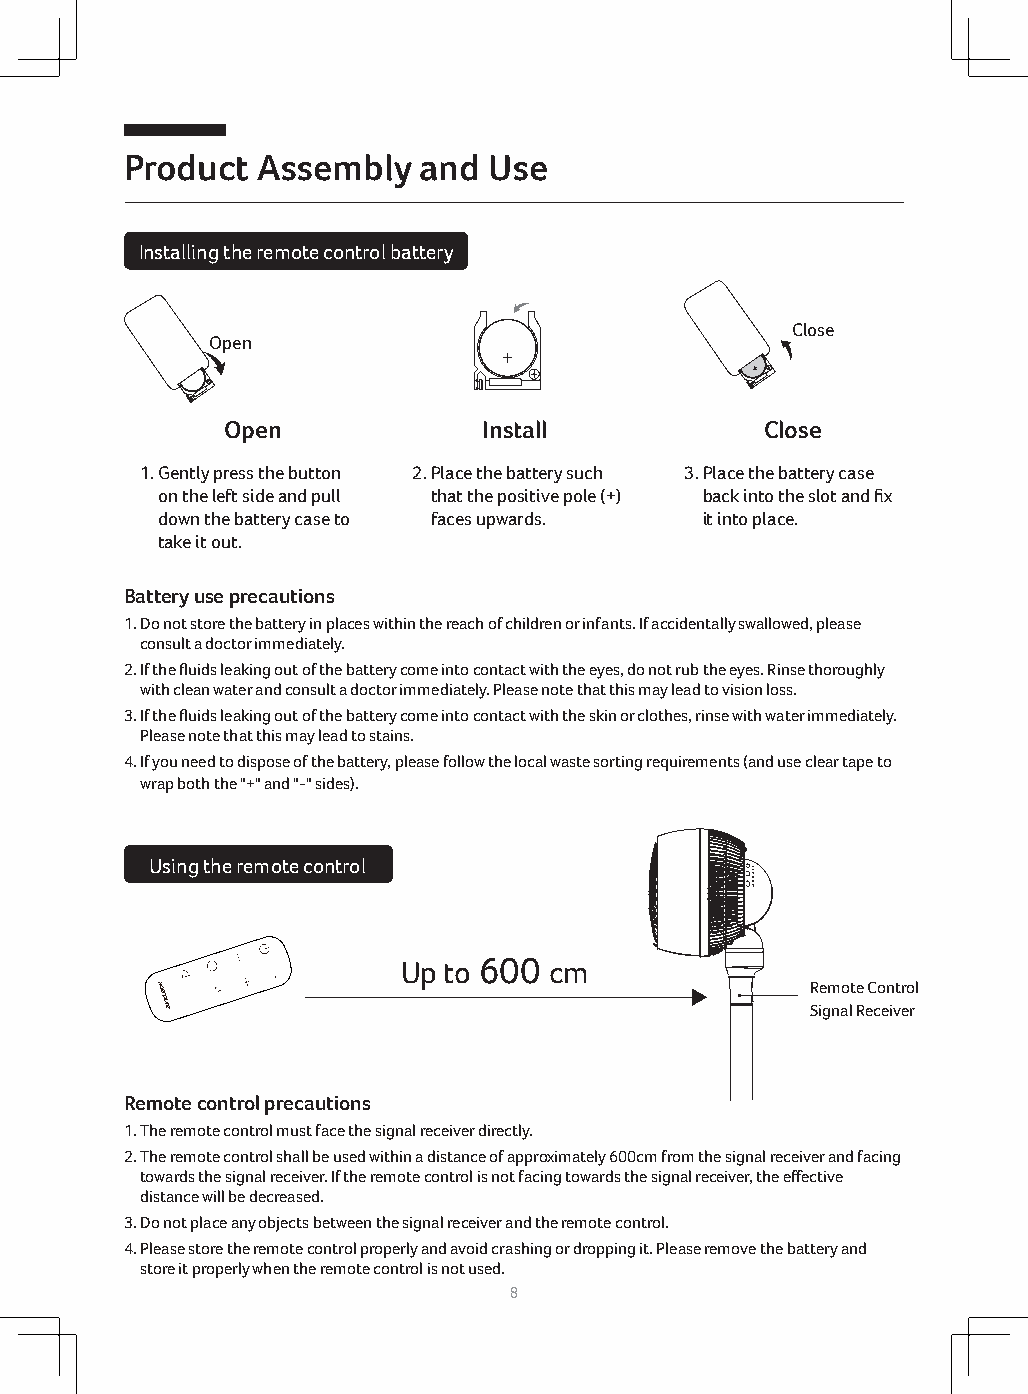
Product  Assembly   and Use
 Installing the remote control battery
 Close
 Open
 Open             Install            Close
 1. Gently press the button 2. Place the battery such 3. Place the battery case
 on the left side and pull that the positive pole (+) back into the slot and fix
 down the battery case to faces upwards. it into place.
 take it out.
 Battery use precautions
 1. Do not store the battery in places within the reach of children or infants. If accidentally swallowed, please
 consult a doctor immediately.
 2. If the fluids leaking out of the battery come into contact with the eyes, do not rub the eyes. Rinse thoroughly
 with clean water and consult a doctor immediately. Please note that this may lead to vision loss.
 3. If the fluids leaking out of the battery come into contact with the skin or clothes, rinse with water immediately.
 Please note that this may lead to stains.
 4. If you need to dispose of the battery, please follow the local waste sorting requirements (and use clear tape to
 wrap both the "+" and "-" sides).
 Using the remote control
 Up to 600 cm
 Remote Control
 Signal Receiver
 Remote control precautions
 1. The remote control must face the signal receiver directly.
 2. The remote control shall be used within a distance of approximately 600cm from the signal receiver and facing
 towards the signal receiver. If the remote control is not facing towards the signal receiver, the effective
 distance will be decreased.
 3. Do not place any objects between the signal receiver and the remote control.
 4. Please store the remote control properly and avoid crashing or dropping it. Please remove the battery and
 store it properly when the remote control is not used.
 8